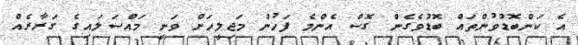
އެ ކަންބޮޑުވުންތައް ބޮޑުވެގެން ގޮސް އެންމެ ފަހުން މަޖިލީހަށް ވަނީ މައްސަލައިގެ ގަރާރެއް